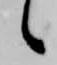
候